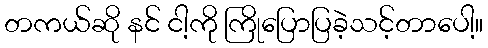
တကယ်ဆို နင် ငါ့ကို ကြိုပြောပြခဲ့သင့်တာပေါ့။